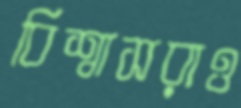
বিশ্বাসরাও